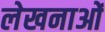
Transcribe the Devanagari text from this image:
लेखनाओं